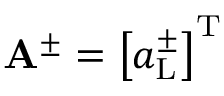
\mathbf { A } ^ { \pm } = \left[ a _ { \mathrm { L } } ^ { \pm } \right] ^ { \mathrm { T } }